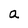
Character: a